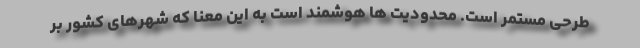
طرحی مستمر است. محدودیت ها هوشمند است به این معنا که شهرهای کشور بر